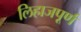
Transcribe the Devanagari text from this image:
लिहाजपूर्ण